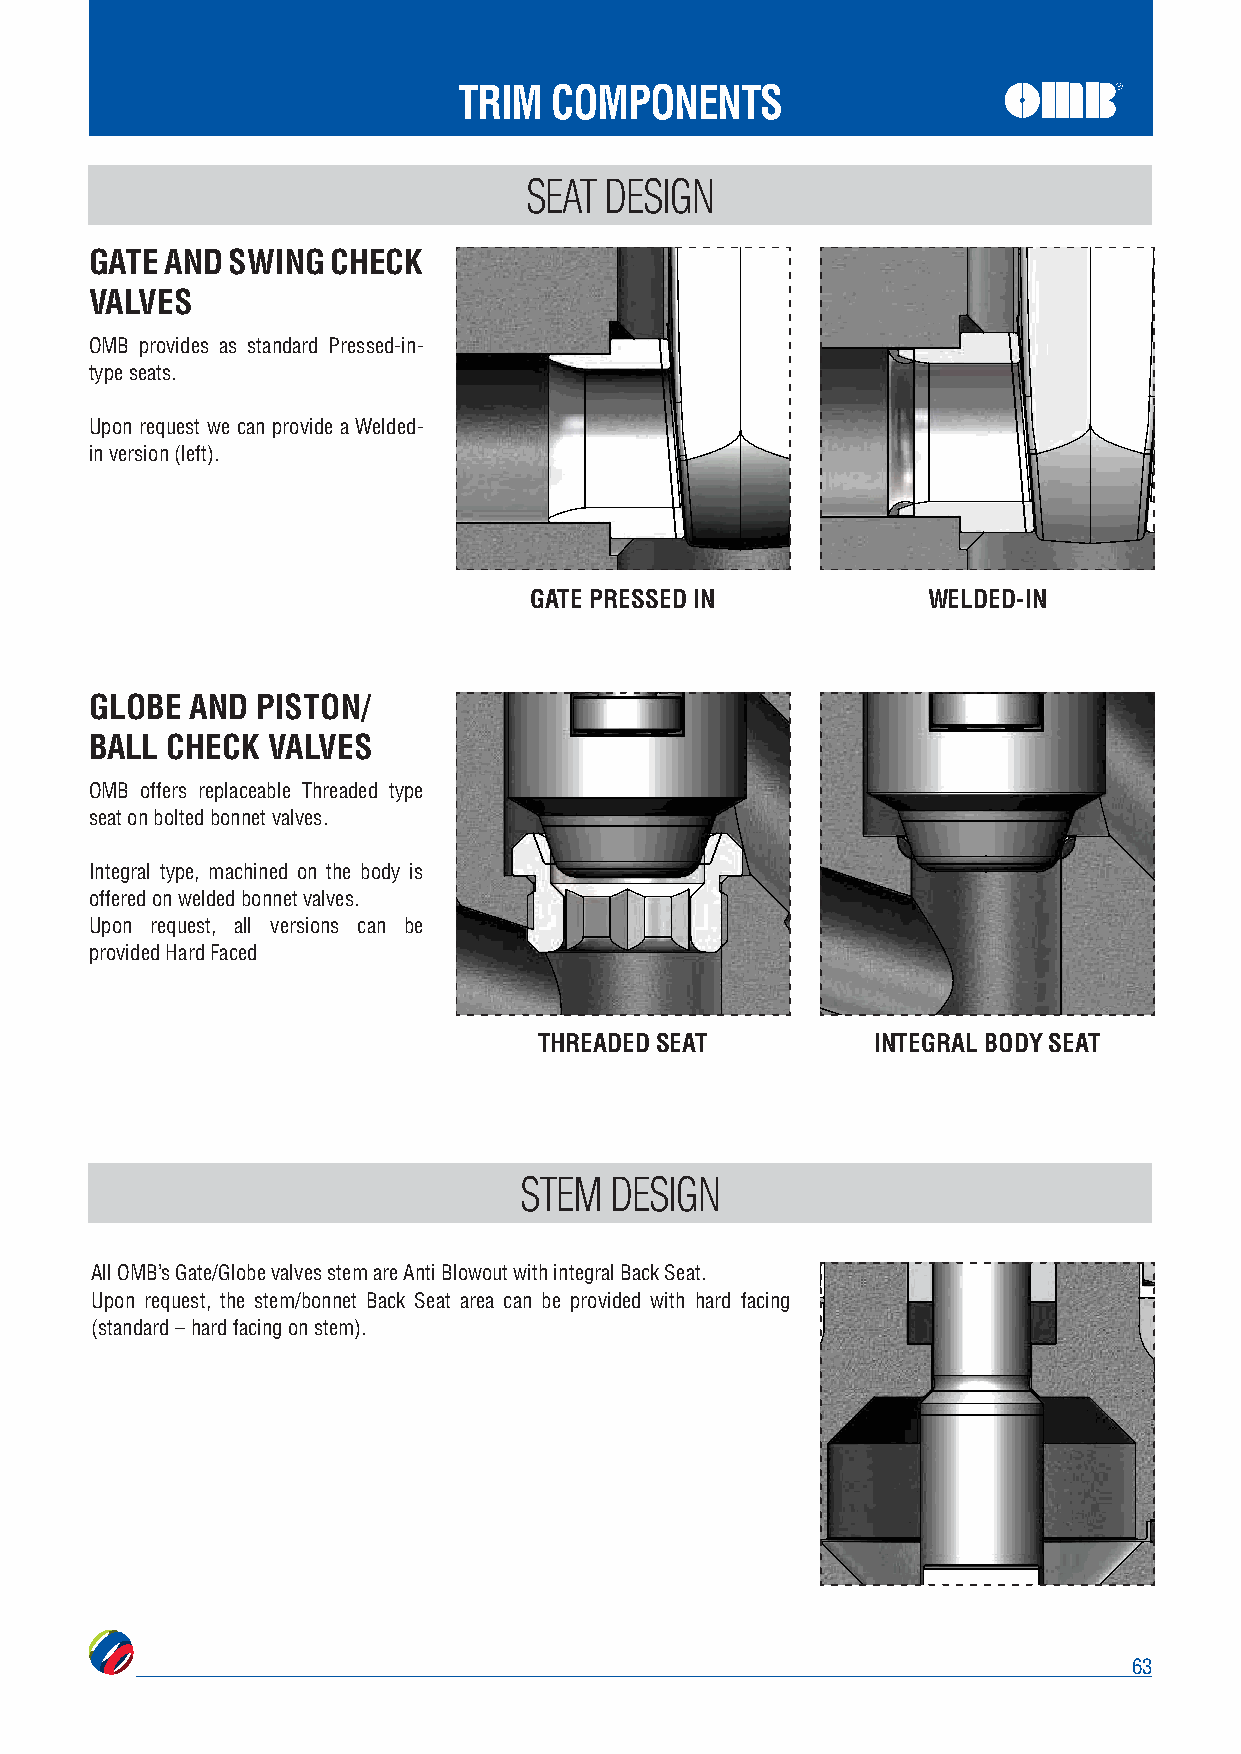
TRIM  COMPONENTS
 SEAT DESIGN
 GATE AND SWING  CHECK
 VALVES
 OMB provides as standard Pressed-in-
 type seats.
 Upon request we can provide a Welded-
 in version (left).
 GATE PRESSED IN           WELDED-IN
 GLOBE  AND PISTON/
 BALL CHECK  VALVES
 OMB offers replaceable Threaded type
 seat on bolted bonnet valves.
 Integral type, machined on the body is
 offered on welded bonnet valves.
 Upon request, all versions can be
 provided Hard Faced
 THREADED SEAT         INTEGRAL BODY SEAT
 STEM  DESIGN
 All OMB’s Gate/Globe valves stem are Anti Blowout with integral Back Seat.
 Upon request, the stem/bonnet Back Seat area can be provided with hard facing
 (standard – hard facing on stem).
 63